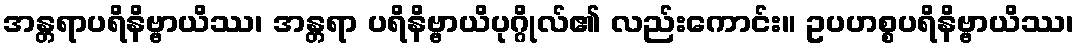
အန္တရာပရိနိဗ္ဗာယိဿ၊ အန္တရာ ပရိနိဗ္ဗာယိပုဂ္ဂိုလ်၏ လည်းကောင်း။ ဥပဟစ္စပရိနိဗ္ဗာယိဿ၊